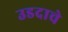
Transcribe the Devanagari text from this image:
उडदाचे